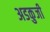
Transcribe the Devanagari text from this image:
अडकुजी